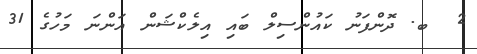
2  ބ. ދޮންފަނު ކައުންސިލް ބައި އިލެކްޝަން އަންނަ މަހުގެ 31